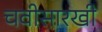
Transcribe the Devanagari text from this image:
चवीसारखी